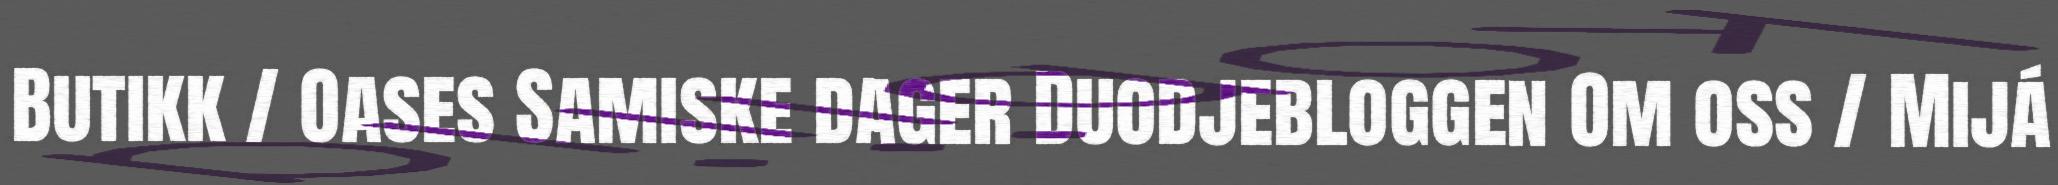
Butikk / Oases Samiske dager Duodjebloggen Om oss / Mijá